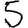
Digit: 5